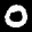
Label: 0